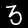
Label: 3